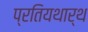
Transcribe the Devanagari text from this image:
प्रतियथार्थ